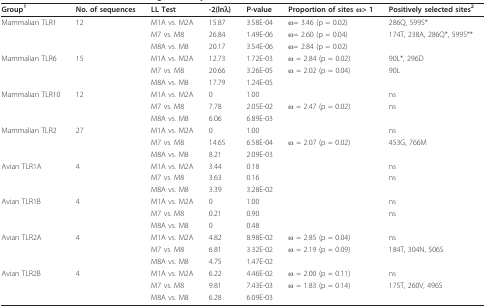
<table><thead><tr><td><b>Group<sup>1</sup></b></td><td><b>No. of sequences</b></td><td><b>LL Test</b></td><td><b>-2(lnλ)</b></td><td><b>P-value</b></td><td><b>Proportion of sites ω&gt; 1</b></td><td><b>Positively selected sites<sup>2</sup></b></td></tr></thead><tbody><tr><td>Mammalian TLR1</td><td>12</td><td>M1A vs. M2A</td><td>15.87</td><td>3.58E-04</td><td>ω= 3.46 (p = 0.02)</td><td>286Q, 599S*</td></tr><tr><td></td><td></td><td>M7 vs. M8</td><td>26.84</td><td>1.49E-06</td><td>ω= 2.60 (p = 0.04)</td><td>174T, 238A, 286Q*, 599S**</td></tr><tr><td></td><td></td><td>M8A vs. M8</td><td>20.17</td><td>3.54E-06</td><td>ω= 2.84 (p = 0.02)</td><td></td></tr><tr><td>Mammalian TLR6</td><td>15</td><td>M1A vs. M2A</td><td>12.73</td><td>1.72E-03</td><td>ω = 2.84 (p = 0.02)</td><td>90L*, 296D</td></tr><tr><td></td><td></td><td>M7 vs. M8</td><td>20.66</td><td>3.26E-05</td><td>ω = 2.02 (p = 0.04)</td><td>90L</td></tr><tr><td></td><td></td><td>M8A vs. M8</td><td>17.79</td><td>1.24E-05</td><td></td><td></td></tr><tr><td>Mammalian TLR10</td><td>12</td><td>M1A vs. M2A</td><td>0</td><td>1.00</td><td></td><td>ns</td></tr><tr><td></td><td></td><td>M7 vs. M8</td><td>7.78</td><td>2.05E-02</td><td>ω = 2.47 (p = 0.02)</td><td>ns</td></tr><tr><td></td><td></td><td>M8A vs. M8</td><td>6.06</td><td>6.89E-03</td><td></td><td></td></tr><tr><td>Mammalian TLR2</td><td>27</td><td>M1A vs. M2A</td><td>0</td><td>1.00</td><td></td><td>ns</td></tr><tr><td></td><td></td><td>M7 vs. M8</td><td>14.65</td><td>6.58E-04</td><td>ω = 2.07 (p = 0.02)</td><td>453G, 766M</td></tr><tr><td></td><td></td><td>M8A vs. M8</td><td>8.21</td><td>2.09E-03</td><td></td><td></td></tr><tr><td>Avian TLR1A</td><td>4</td><td>M1A vs. M2A</td><td>3.44</td><td>0.18</td><td></td><td>ns</td></tr><tr><td></td><td></td><td>M7 vs. M8</td><td>3.63</td><td>0.16</td><td></td><td>ns</td></tr><tr><td></td><td></td><td>M8A vs. M8</td><td>3.39</td><td>3.28E-02</td><td></td><td></td></tr><tr><td>Avian TLR1B</td><td>4</td><td>M1A vs. M2A</td><td>0</td><td>1.00</td><td></td><td>ns</td></tr><tr><td></td><td></td><td>M7 vs. M8</td><td>0.21</td><td>0.90</td><td></td><td>ns</td></tr><tr><td></td><td></td><td>M8A vs. M8</td><td>0</td><td>0.48</td><td></td><td></td></tr><tr><td>Avian TLR2A</td><td>4</td><td>M1A vs. M2A</td><td>4.82</td><td>8.98E-02</td><td>ω = 2.85 (p = 0.04)</td><td>ns</td></tr><tr><td></td><td></td><td>M7 vs. M8</td><td>6.81</td><td>3.32E-02</td><td>ω = 2.19 (p = 0.09)</td><td>184T, 304N, 506S</td></tr><tr><td></td><td></td><td>M8A vs. M8</td><td>4.75</td><td>1.47E-02</td><td></td><td></td></tr><tr><td>Avian TLR2B</td><td>4</td><td>M1A vs. M2A</td><td>6.22</td><td>4.46E-02</td><td>ω = 2.00 (p = 0.11)</td><td>ns</td></tr><tr><td></td><td></td><td>M7 vs. M8</td><td>9.81</td><td>7.43E-03</td><td>ω = 1.83 (p = 0.14)</td><td>175T, 260V, 496S</td></tr><tr><td></td><td></td><td>M8A vs. M8</td><td>6.28</td><td>6.09E-03</td><td></td><td></td></tr></tbody></table>